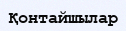
Қонтайшылар